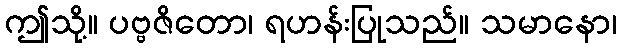
ဤသို့။ ပဗ္ဗဇိတော၊ ရဟန်းပြုသည်။ သမာနော၊